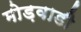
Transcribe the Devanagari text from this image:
मोड़वाडी